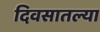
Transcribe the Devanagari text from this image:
दिवसातल्या